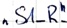
Text: "S1_R"